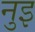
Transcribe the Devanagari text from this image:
नुइ